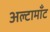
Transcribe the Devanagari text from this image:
अल्टामाँट